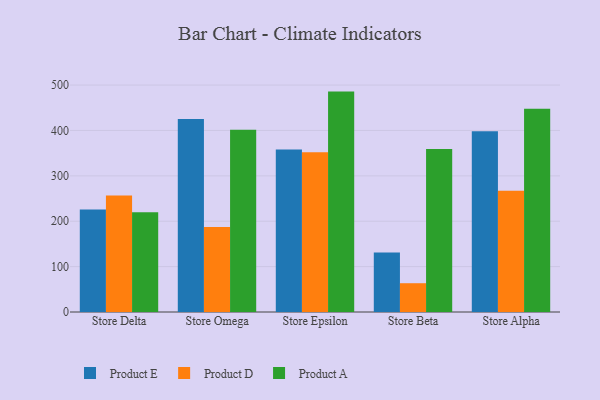
{"axis": {"x": "Store", "y": "Active Users"}, "legend": ["Product A", "Product D", "Product E"], "data": [{"x": "Store Delta", "y": 226.0, "type": "Product E"}, {"x": "Store Delta", "y": 256.9, "type": "Product D"}, {"x": "Store Delta", "y": 219.7, "type": "Product A"}, {"x": "Store Omega", "y": 425.0, "type": "Product E"}, {"x": "Store Omega", "y": 187.2, "type": "Product D"}, {"x": "Store Omega", "y": 401.5, "type": "Product A"}, {"x": "Store Epsilon", "y": 357.8, "type": "Product E"}, {"x": "Store Epsilon", "y": 352.0, "type": "Product D"}, {"x": "Store Epsilon", "y": 485.6, "type": "Product A"}, {"x": "Store Beta", "y": 131.2, "type": "Product E"}, {"x": "Store Beta", "y": 63.4, "type": "Product D"}, {"x": "Store Beta", "y": 359.0, "type": "Product A"}, {"x": "Store Alpha", "y": 398.0, "type": "Product E"}, {"x": "Store Alpha", "y": 267.3, "type": "Product D"}, {"x": "Store Alpha", "y": 448.0, "type": "Product A"}]}